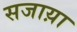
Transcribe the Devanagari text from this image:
सजाय़ा